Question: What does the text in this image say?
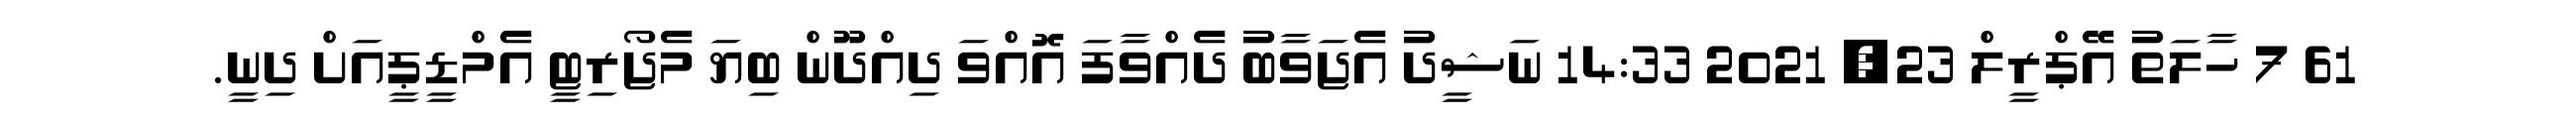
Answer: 61 7 ހާލަތު އޭޕްރީލް 23, 2021 14:33 ނަޝީދު އެޖަވާބު ދެއްވާފަ އޮއްވަ ދިއްދޫން ބިޔަ މެޖޯރިޓީ އެމްޑީޕީއަށް ދިނީ.